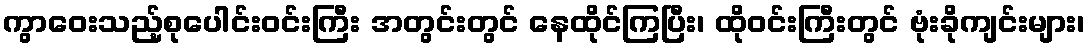
ကွာဝေးသည့်စုပေါင်းဝင်းကြီး အတွင်းတွင် နေထိုင်ကြပြီး၊ ထိုဝင်းကြီးတွင် ဗုံးခိုကျင်းများ၊